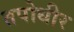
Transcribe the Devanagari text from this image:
तपोधीर